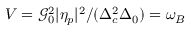
V = \mathcal { G } _ { 0 } ^ { 2 } | \eta _ { p } | ^ { 2 } / ( \Delta _ { c } ^ { 2 } \Delta _ { 0 } ) = \omega _ { B }